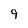
Character: 9